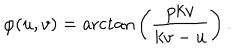
\varphi ( u , v ) = \mathrm { a r c t a n } \left( \frac { p k v } { k v - u } \right) .